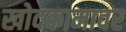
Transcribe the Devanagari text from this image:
खोदकामावर